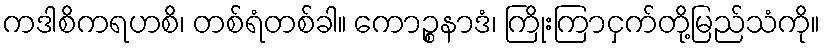
ကဒါစိကရဟစိ၊ တစ်ရံတစ်ခါ။ ကောဉ္စနာဒံ၊ ကြိုးကြာငှက်တို့မြည်သံကို။